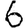
Digit: 6